Lunatic asylums in Bengal annual reports 1899-1911 - 1899-1911
Year: 1899
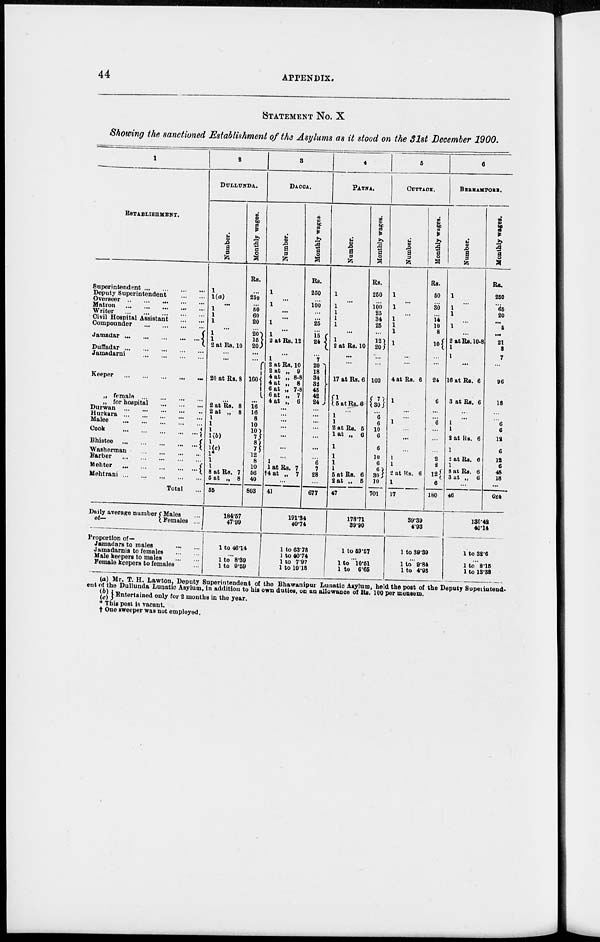
44
APPENDIX.
STATEMENT No. X
Showing the sanctioned Establishment of the Asylums as it stood on the 31st December 1900.
1
ESTABLISHMENT.
Superintendent
...
...
...
...
Deputy Superintendent
...
...
Overseer
...
...
...
...
...
Matron
...
...
...
...
...
Writer
...
...
...
...
...
Civil Hospital Assistant
...
...
Compounder
...
...
...
...
Jamadar
...
...
...
...
...
Duffadar
...
...
...
...
...
Jamadarni
...
...
...
...
...
Keeper
...
...
...
...
...
„ female ...
...
...
...
„ for hospital
...
...
...
Durwan
...
...
...
...
...
Hurkara
...
...
...
...
...
Malee
...
... ... ... ...
Cook
...
...
...
...
...
Bhistee
...
...
...
...
...
Washerman ... ... ... ...
Barber
...
...
...
...
...
Menter
...
...
...
...
...
Mehtrani
...
...
...
...
...
Total ...
Daily average number
of—
Males ...
Females ...
Proportion of—
Jamadars to males
...
...
Jamadarnis to females ... ...
Male keepers to males
...
...
Female keepers to females ...
2
DULLUNDA.
Number.
1
1(a)
...
1
1
1
...
1
1 2 at Rs. 10
...
...
20 at Rs. 8
...
2 at Rs. 8
2 at „ 8
1
1
1
1(b)
1
1(c)
1*
1
1
8 at Rs. 7
6 at „ 8
55
Monthly wages.
Rs.
...
250
...
50
60
20
...
20
15
20
...
...
160
...
16
16
8
10
10 7
8 7
12
8
10
56
40
803
184.67
47.99
1 to 46.14
...
1 to 8.89
1 to 9.69
3
DACCA.
Number.
1
...
1
...
...
1
...
1
2 at Rs. 12
...
1
2 at Rs. 10
2 at „ 9
4 at „ 8.8
4 at „ 8
6 at „ 7.8
6 at „ 7
4 at „ 6
...
...
...
...
...
...
...
1
1 at Rs. 7
†4 at „ 7
...
41
Monthly wages
Rs.
250
...
100
...
...
25
...
15
24
...
7
20
18
34
32
45 42
24
...
...
...
...
...
...
...
6
7
28
...
677
191.34
40.74
1 to 63.78
1 to 40.74
1 to 7.97
1 to 10.18
4
PATNA.
Number.
1
...
1
1
1
1
...
1
1
2 at Rs. 10
17 at Rs. 6
1
5 at Rs. 6
1
1
2 at Rs. 5
1 at „ 6
1
1
1
1
5 at Rs. 6
2 at „ 5
47
Monthly wages.
Rs.
250
100
25
34
25
12
12?
20)
102
7
30
6
6
10
6
6
10
6
6
30
10
701
178.71
39.90
1 to 59.67
...
1 to 10.51
1 to 6.66
5
CUTTACK.
Number.
1
...
1
1
1
1
1
...
4 at Rs. 6
1
...
...
1
...
...
...
1
1
2 at Us. 6
1
17
Monthly wages.
Rs.
50
30
...
14
10
8
10
...
24
6
...
...
6
...
...
2
i
12
6
180
39.39
4.93
1 to 39.39
...
1 to 9.84
1 to 4.93
6
BERHAMPORE.
Number.
1
...
1
1
...
1
...
2 at Rs. 10.8
1
1
...
16 at Rs. 6
3 at Rs. 6
..
...
1
1
2 at Rs. 6
1
2 at Rs. 6
1
8 at Rs. 6
3 at „ 6
...
46
Monthly wages.
Rs.
250
...
65
20
...
6
...
21
8
7
...
96
18
...
...
6
6
12
6
12
6
48
18
...
624
130.42
40.14
1 to 32.6
...
1 to 8.15
1 to 13.38
(a) Mr. T. H. Lawton, Deputy Superintendent of the Bhawanipur Lunatic Asylum, held the post of the Deputy Superintend-
ent of the Dullunda Lunatic Asylum, in addition to nil own duties, on an allowance of Bs. 100 per mensem.
(b)
(c)
Entertained only for 2 months in the year.
* This post is vacant.
† One sweeper was not employed.